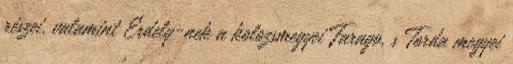
részei, valamint Erdely-nek a kolozsmegyei Farago, s Torda megyei